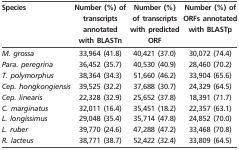
| Species | Number (%) of transcripts annotated with BLASTn | Number (%) of transcripts with predicted ORF | Number (%) of ORFs annotated with BLASTp |
 | --- | --- | --- | --- |
 | M. grossa | 33,964 (41.8) | 40,421 (37.0) | 30,072 (74.4) |
 | Para. peregrina | 36,452 (35.7) | 40,530 (40.9) | 28,460 (70.2) |
 | T. polymorphus | 38,364 (34.3) | 51,660 (46.2) | 33,904 (65.6) |
 | Cep. hongkongiensis | 39,525 (32.2) | 37,688 (30.7) | 24,329 (64.5) |
 | Cep. linearis | 22,328 (32.9) | 25,652 (37.8) | 18,391 (71.7) |
 | C. marginatus | 32,011 (16.4) | 35,451 (18.2) | 22,357 (63.1) |
 | L. longissimus | 29,048 (35.4) | 35,714 (47.8) | 24,852 (70.0) |
 | L. ruber | 39,770 (24.6) | 47,288 (47.2) | 33,468 (70.8) |
 | R. lacteus | 38,771 (38.7) | 52,422 (32.4) | 33,809 (64.5) |